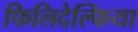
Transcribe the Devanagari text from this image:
फिलिदेल्फिया